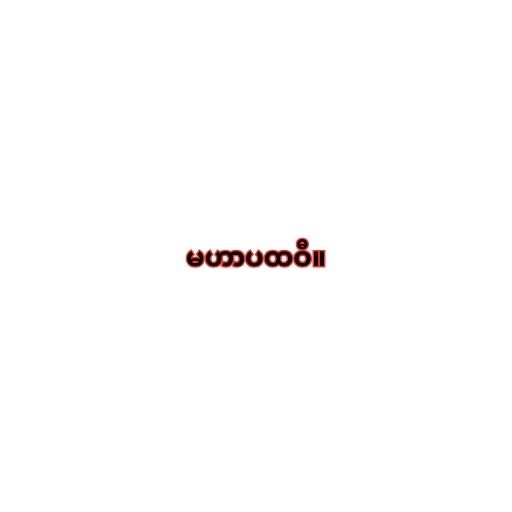
မဟာပထဝီ။